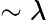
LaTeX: \sim\lambda